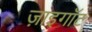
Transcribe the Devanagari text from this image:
ज़ाइगॉट